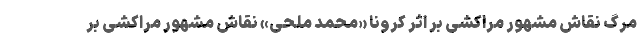
مرگ نقاش مشهور مراکشی بر اثر کرونا «محمد ملحی» نقاش مشهور مراکشی بر